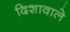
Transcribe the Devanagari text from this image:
दिशावाले